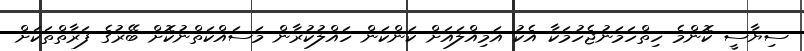
ސިޔާސީ ކޮންމެ ހިތްހަމަނުޖެހުމަކާ އެކު އަމިއްލައަށް ކަންކަން ހައްލުކުރާން މަސައްކަތްނުކޮށް ބޭރުގެ ފަރާތްތަކަށް